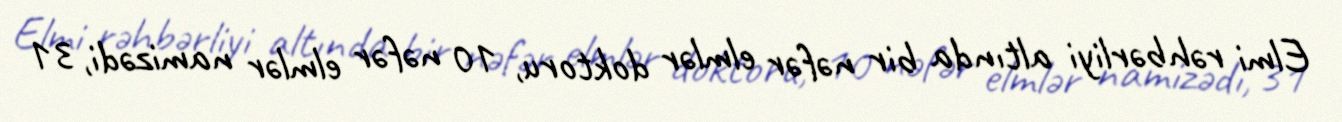
Elmi rəhbərliyi altında bir nəfər elmlər doktoru, 10 nəfər elmlər namizədi, 31